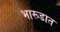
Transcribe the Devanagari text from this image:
भारूडात